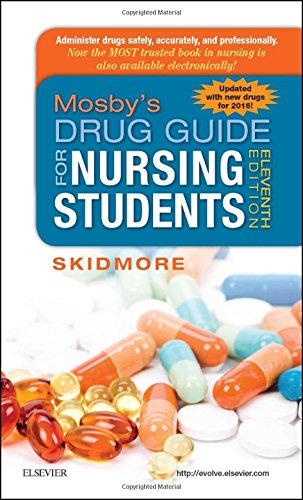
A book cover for Mosby's Drug Guide for Nursing Students, with 2016 Update, 11e; Linda Skidmore-Roth RN  MSN  NP; Medical Books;